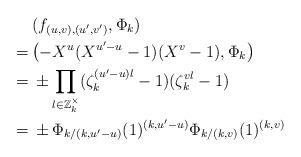
LaTeX: \begin{align*}&(f_{(u,v),(u',v')},\Phi_k)\cr=\,&\bigl(-X^u(X^{u'-u}-1)(X^v-1),\Phi_k\bigr)\cr=\,&\pm\prod_{l\in\Bbb Z_k^\times}(\zeta_k^{(u'-u)l}-1)(\zeta_k^{vl}-1)\cr=\,&\pm\Phi_{k/(k,u'-u)}(1)^{(k,u'-u)}\Phi_{k/(k,v)}(1)^{(k,v)}\end{align*}